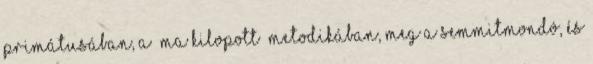
primátusában, a „ma kilopott” metodikában, meg a semmitmondó, és